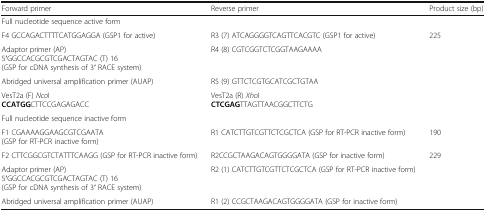
| Forward primer | Reverse primer | Product size (bp) |
 | --- | --- | --- |
 | <COLSPAN=3> Full nucleotide sequence active form |
 | F4 GCCAGACTTTTCATGGAGGA (GSP1 for active) | R3 (7) ATCAGGGGTCAGTTCACGTC (GSP1 for active) | 225 |
 | Adaptor primer (AP)5′GGCCACGCGTCGACTAGTAC (T) 16(GSP for cDNA synthesis of 3′ RACE system) | R4 (8) CGTCGGTCTCGGTAAGAAAA |  |
 | Abridged universal amplification primer (AUAP) | R5 (9) GTTCTCGTGCATCGCTGTAA |  |
 | VesT2a (F) NcoICCATGGCTTCCGAGAGACC | VesT2a (R) XhoICTCGAGTTAGTTAACGGCTTCTG |  |
 | <COLSPAN=3> Full nucleotide sequence inactive form |
 | F1 CGAAAAGGAAGCGTCGAATA(GSP for RT-PCR inactive form) | R1 CATCTTGTCGTTCTCGCTCA (GSP for RT-PCR inactive form) | 190 |
 | F2 CTTCGGCGTCTATTTCAAGG (GSP for RT-PCR inactive form) | R2CCGCTAAGACAGTGGGGATA (GSP for inactive form) | 229 |
 | Adaptor primer (AP)5′GGCCACGCGTCGACTAGTAC (T) 16(GSP for cDNA synthesis of 3′ RACE system) | R2 (1) CATCTTGTCGTTCTCGCTCA (GSP for RT-PCR inactive form) |  |
 | Abridged universal amplification primer (AUAP) | R1 (2) CCGCTAAGACAGTGGGGATA (GSP for inactive form) |  |